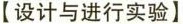
【设计与进行实验】